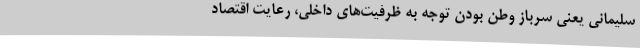
سلیمانی یعنی سرباز وطن بودن توجه به ظرفیت‌های داخلی، رعایت اقتصاد